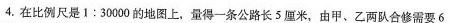
4.在比例尺是1:30000的地图上，量得一条公路长5厘米，由甲、乙两队合修需要6